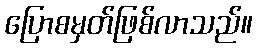
ပြောစမှတ်ဖြစ်လာသည်။